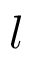
l